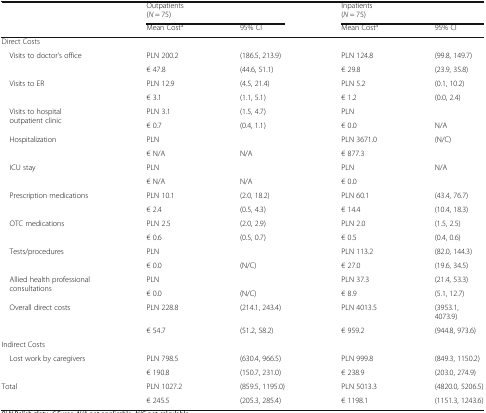
<table><thead><tr><td rowspan="2">[EMPTY_CELL]</td><td colspan="2"><b>Outpatients (<i>N</i> = 75)</b></td><td colspan="2"><b>Inpatients (<i>N</i> = 75)</b></td></tr><tr><td><b>Mean Cost<sup>a</sup></b></td><td><b>95% CI</b></td><td><b>Mean Cost<sup>a</sup></b></td><td><b>95% CI</b></td></tr></thead><tbody><tr><td colspan="5">Direct Costs</td></tr><tr><td rowspan="2"> Visits to doctor’s office</td><td>PLN 200.2</td><td>(186.5, 213.9)</td><td>PLN 124.8</td><td>(99.8, 149.7)</td></tr><tr><td>€ 47.8</td><td>(44.6, 51.1)</td><td>€ 29.8</td><td>(23.9, 35.8)</td></tr><tr><td rowspan="2"> Visits to ER</td><td>PLN 12.9</td><td>(4.5, 21.4)</td><td>PLN 5.2</td><td>(0.1, 10.2)</td></tr><tr><td>€ 3.1</td><td>(1.1, 5.1)</td><td>€ 1.2</td><td>(0.0, 2.4)</td></tr><tr><td rowspan="2"> Visits to hospital outpatient clinic</td><td>PLN 3.1</td><td>(1.5, 4.7)</td><td>PLN</td><td>[EMPTY_CELL]</td></tr><tr><td>€ 0.7</td><td>(0.4, 1.1)</td><td>€ 0.0</td><td>N/A</td></tr><tr><td rowspan="2"> Hospitalization</td><td>PLN</td><td>[EMPTY_CELL]</td><td>PLN 3671.0</td><td>(N/C)</td></tr><tr><td>€ N/A</td><td>N/A</td><td>€ 877.3</td><td>[EMPTY_CELL]</td></tr><tr><td rowspan="2"> ICU stay</td><td>PLN</td><td>[EMPTY_CELL]</td><td>PLN</td><td>N/A</td></tr><tr><td>€ N/A</td><td>N/A</td><td>€ 0.0</td><td>[EMPTY_CELL]</td></tr><tr><td rowspan="2"> Prescription medications</td><td>PLN 10.1</td><td>(2.0, 18.2)</td><td>PLN 60.1</td><td>(43.4, 76.7)</td></tr><tr><td>€ 2.4</td><td>(0.5, 4.3)</td><td>€ 14.4</td><td>(10.4, 18.3)</td></tr><tr><td rowspan="2"> OTC medications</td><td>PLN 2.5</td><td>(2.0, 2.9)</td><td>PLN 2.0</td><td>(1.5, 2.5)</td></tr><tr><td>€ 0.6</td><td>(0.5, 0.7)</td><td>€ 0.5</td><td>(0.4, 0.6)</td></tr><tr><td rowspan="2"> Tests/procedures</td><td>PLN</td><td>[EMPTY_CELL]</td><td>PLN 113.2</td><td>(82.0, 144.3)</td></tr><tr><td>€ 0.0</td><td>(N/C)</td><td>€ 27.0</td><td>(19.6, 34.5)</td></tr><tr><td rowspan="2"> Allied health professional consultations</td><td>PLN</td><td>[EMPTY_CELL]</td><td>PLN 37.3</td><td>(21.4, 53.3)</td></tr><tr><td>€ 0.0</td><td>(N/C)</td><td>€ 8.9</td><td>(5.1, 12.7)</td></tr><tr><td rowspan="2"> Overall direct costs</td><td>PLN 228.8</td><td>(214.1, 243.4)</td><td>PLN 4013.5</td><td>(3953.1, 4073.9)</td></tr><tr><td>€ 54.7</td><td>(51.2, 58.2)</td><td>€ 959.2</td><td>(944.8, 973.6)</td></tr><tr><td colspan="5">Indirect Costs</td></tr><tr><td rowspan="2"> Lost work by caregivers</td><td>PLN 798.5</td><td>(630.4, 966.5)</td><td>PLN 999.8</td><td>(849.3, 1150.2)</td></tr><tr><td>€ 190.8</td><td>(150.7, 231.0)</td><td>€ 238.9</td><td>(203.0, 274.9)</td></tr><tr><td rowspan="2">Total</td><td>PLN 1027.2</td><td>(859.5, 1195.0)</td><td>PLN 5013.3</td><td>(4820.0, 5206.5)</td></tr><tr><td>€ 245.5</td><td>(205.3, 285.4)</td><td>€ 1198.1</td><td>(1151.3, 1243.6)</td></tr></tbody></table>